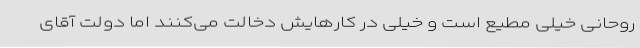
روحانی خیلی مطیع است و خیلی در کارهایش دخالت می‌کنند اما دولت آقای